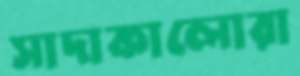
সাদাকালোরা